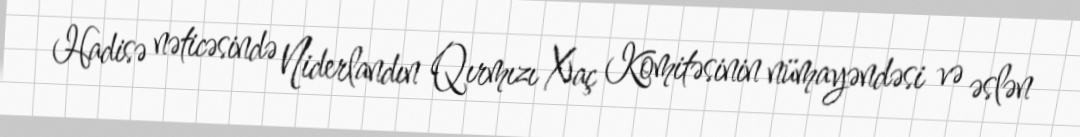
Hadisə nəticəsində Niderlandın Qırmızı Xaç Komitəsinin nümayəndəsi və əslən